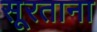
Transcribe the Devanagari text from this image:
सूरताना